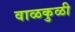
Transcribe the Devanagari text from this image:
वाळकुळी